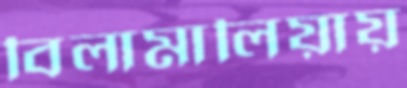
বিলামালিয়ায়